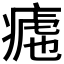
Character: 𱱚